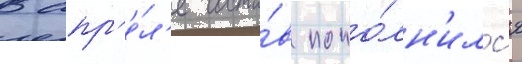
В апр'е́л'е соста́в попо́лн'илс'я